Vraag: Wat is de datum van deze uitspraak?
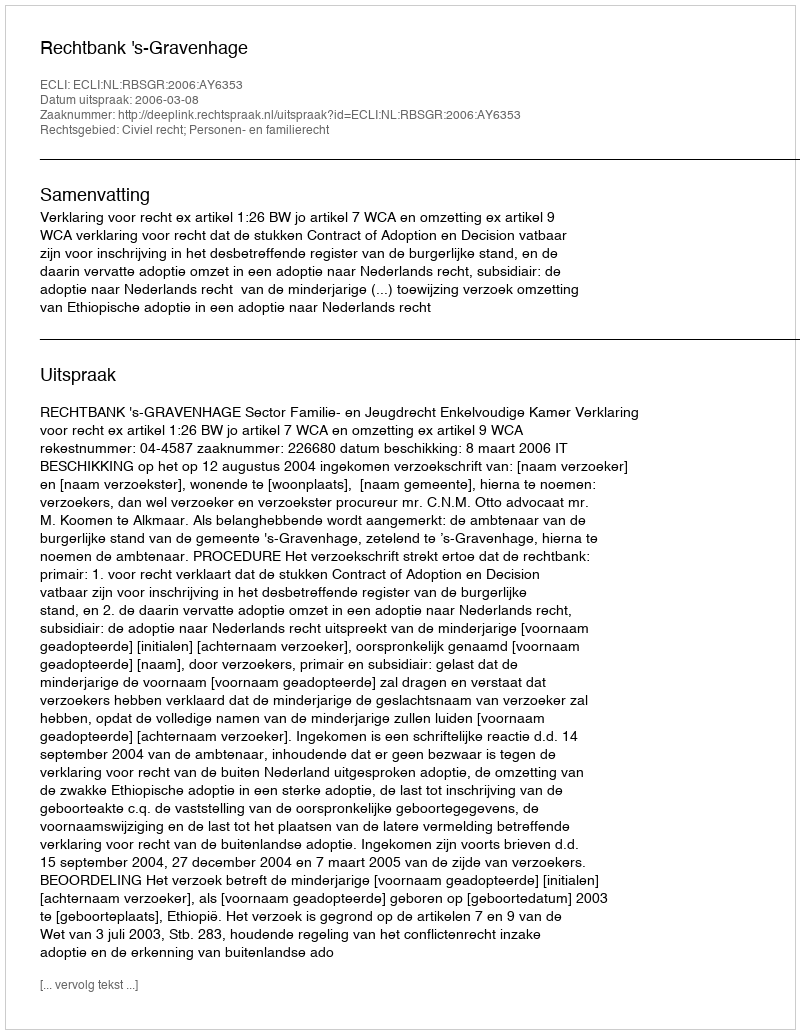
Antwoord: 2006-03-08